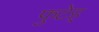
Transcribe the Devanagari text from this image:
फुटेड्